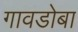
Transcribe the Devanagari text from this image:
गावडोबा